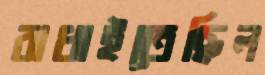
বাধাইতেছিল